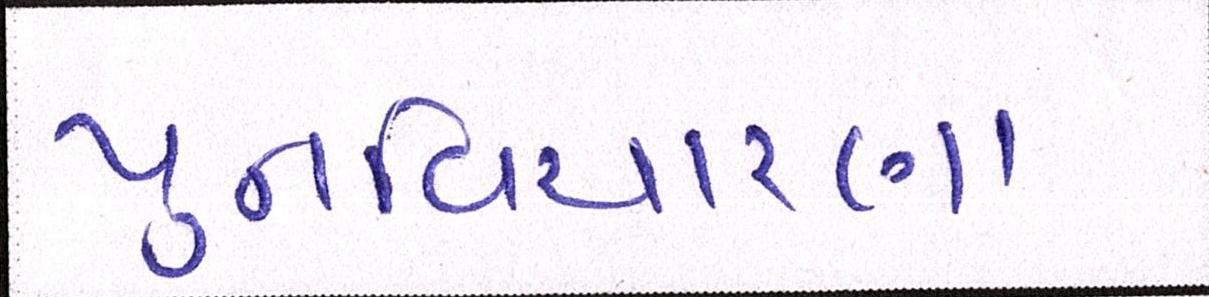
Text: પુનઃવિચારણા